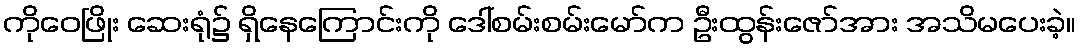
ကိုဝေဖြိုး ဆေးရုံ၌ ရှိနေကြောင်းကို ဒေါ်စမ်းစမ်းမော်က ဦးထွန်းဇော်အား အသိမပေးခဲ့။